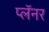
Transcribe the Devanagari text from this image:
प्लॅनर